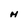
Character: M